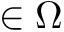
\in \Omega